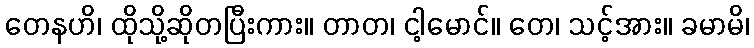
တေနဟိ၊ ထိုသို့ဆိုတပြီးကား။ တာတ၊ ငါ့မောင်။ တေ၊ သင့်အား။ ခမာမိ၊